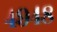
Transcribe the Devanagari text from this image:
४९४८